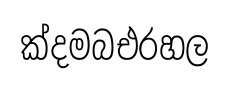
ක්දමබඑරහල